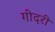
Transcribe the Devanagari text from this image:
गीदरी